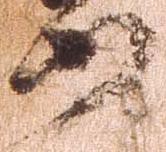
山